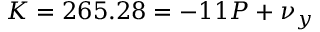
K = 2 6 5 . 2 8 = - 1 1 P + \nu _ { y }